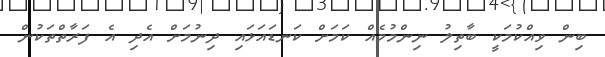
ބިން ވިއްކުމަކީ ބާތިލު ނިންމުމެއް ކަމަށް ކަނޑައަޅައި ދިނުމަށް އެދި އެ ފަރާތްތަކުން